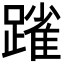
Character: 𨄤